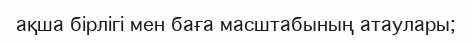
ақша бірлігі мен баға масштабының атаулары;